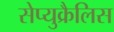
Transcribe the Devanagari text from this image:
सेप्युक्रैलिस